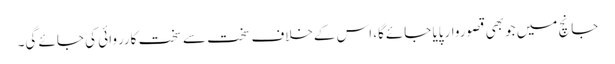
جانچ میں جوبھی قصوروارپایا جائےگا، اس کےخلاف سخت سے سخت کارروائی کی جائے گی۔